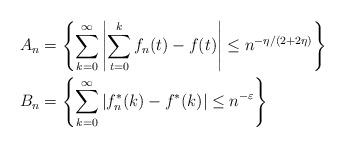
LaTeX: \begin{align*}A_n &= \left\{\sum_{k = 0}^\infty\left|\sum_{t = 0}^k f_n(t) - f(t)\right| \le n^{-\eta/(2 + 2\eta)}\right\} \\ B_n &= \left\{\sum_{k = 0}^\infty\left|f_n^\ast(k) - f^\ast(k)\right| \le n^{-\varepsilon} \right\}\end{align*}